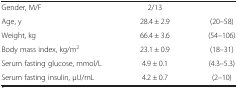
<table><thead><tr><td><b> </b></td><td><b> </b></td><td><b> </b></td></tr></thead><tbody><tr><td>Gender, M/F</td><td>2/13</td><td> </td></tr><tr><td>Age, y</td><td>28.4 ± 2.9</td><td>(20–58)</td></tr><tr><td>Weight, kg</td><td>66.4 ± 3.6</td><td>(54–106)</td></tr><tr><td>Body mass index, kg/m<sup>2</sup></td><td>23.1 ± 0.9</td><td>(18–31)</td></tr><tr><td>Serum fasting glucose, mmol/L</td><td>4.9 ± 0.1</td><td>(4.3–5.3)</td></tr><tr><td>Serum fasting insulin, μU/mL</td><td>4.2 ± 0.7</td><td>(2–10)</td></tr></tbody></table>